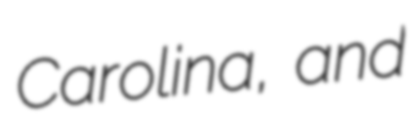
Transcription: Carolina, and